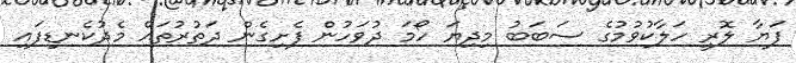
ފަޔާ ލޮރީ ހަލާކުވުމުގެ ސަބަބު މިދިޔަ ހޯމަ ދުވަހުން ފެށިގެން ދަތުރުތައް މެދުކެނޑިފައި